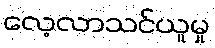
လေ့လာသင်ယူမှု